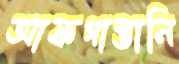
আফগাস্তানি